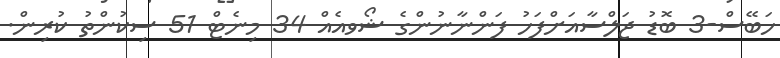
ހަބޭސް-3 ބޮޑު ޖަލްސާއަށްފަހު ފަންނާނުންގެ ޝޯވއެއް 34 މިނެޓް 51 ސިކުންތު ކުރިން.